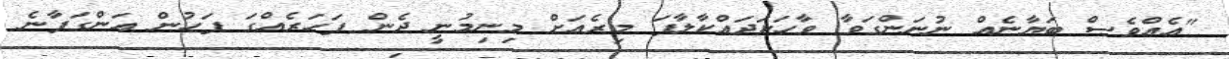
"އެއްވެސް ބަޔާނެއް ނުނަންގަވާ ވާހަކަދައްކާލާފަ މިރެއަށް މިނިމުނީ ދެން ފަހަރެއްގަ ފަހުން އަންގަފާނެ